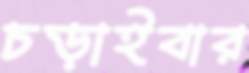
চড়াইবার